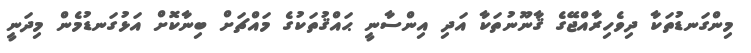
މިންގަނޑުތަކާ ދިވެހިރާއްޖޭގެ ޤާނޫނުތަކާ އަދި އިންސާނީ ޙައްޤުތަކުގެ މައްޗަށް ބިނާކޮށް އަޅުގަނޑުމެން މިދަނީ